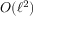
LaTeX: O ( \ell ^ { 2 } )